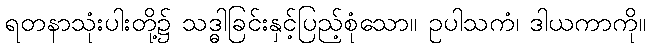
ရတနာသုံးပါးတို့၌ သဒ္ဓါခြင်းနှင့်ပြည့်စုံသော။ ဥပါသကံ၊ ဒါယကာကို။